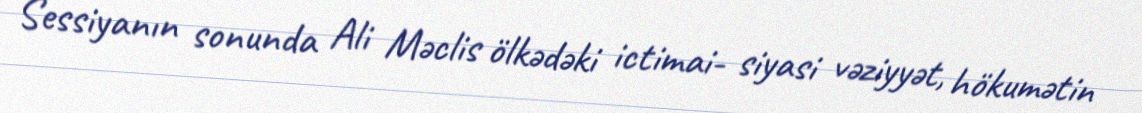
Sessiyanın sonunda Ali Məclis ölkədəki ictimai- siyasi vəziyyət, hökumətin